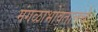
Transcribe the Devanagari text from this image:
मंगळाभोवतालचे